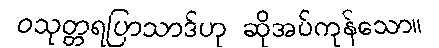
ဝသုတ္တရပြာသာဒ်ဟု ဆိုအပ်ကုန်သော။